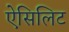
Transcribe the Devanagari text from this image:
ऐसिलिट